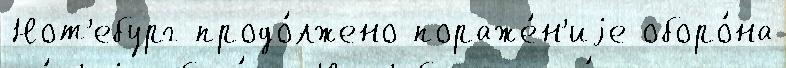
Нот'ебург продо́лжено пораже́н'иjе оборо́на